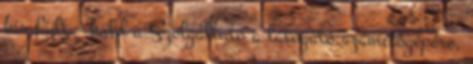
kis fájlt – küld a Szolgáltató a látogató számítógépére,